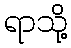
ရာသို့